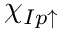
\chi _ { I p \uparrow }